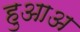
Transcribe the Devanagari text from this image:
हुआअ